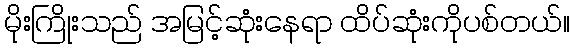
မိုးကြိုးသည် အမြင့်ဆုံးနေရာ ထိပ်ဆုံးကိုပစ်တယ်။